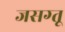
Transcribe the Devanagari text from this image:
जसग्तू